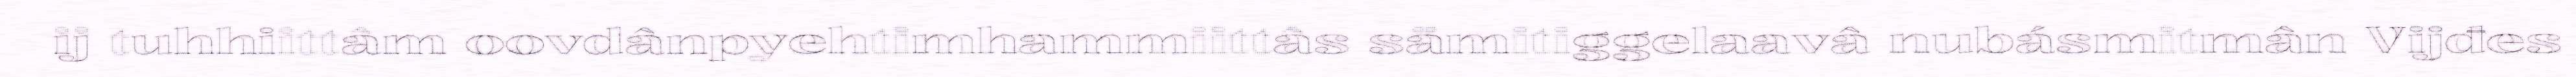
ij tuhhiittâm oovdânpyehtimhammiittâs sämitiggelaavâ nubásmitmân Vijđes